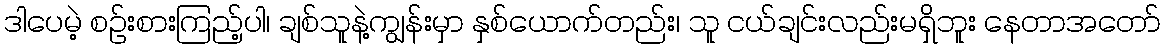
ဒါပေမဲ့ စဉ်းစားကြည့်ပါ၊ ချစ်သူနဲ့ကျွန်းမှာ နှစ်ယောက်တည်း၊ သူ ငယ်ချင်းလည်းမရှိဘူး နေတာအတော်